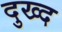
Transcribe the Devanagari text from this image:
दुख्द